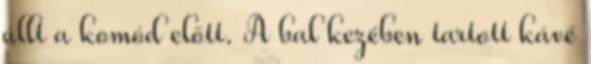
állt a komód előtt. A bal kezében tartott kávé